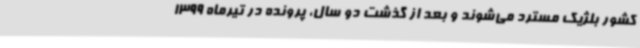
کشور بلژیک مسترد می‌شوند و بعد از گذشت دو سال، پرونده در تیرماه 1399